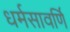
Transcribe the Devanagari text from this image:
धर्मसावर्णि